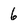
Character: 6